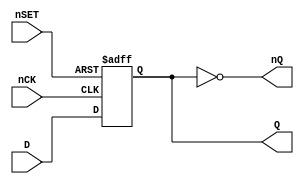
`timescale 1ns/1ns

module FD3(
	input nCK,
	input D,
	input nSET,
	output reg Q = 1'b0,
	output nQ
);

	always @(negedge nCK or negedge nSET)
	begin
		if (!nSET)
			Q <= #1 1'b1;
		else
			Q <= #1 D;
	end
	
	assign nQ = ~Q;

endmodule